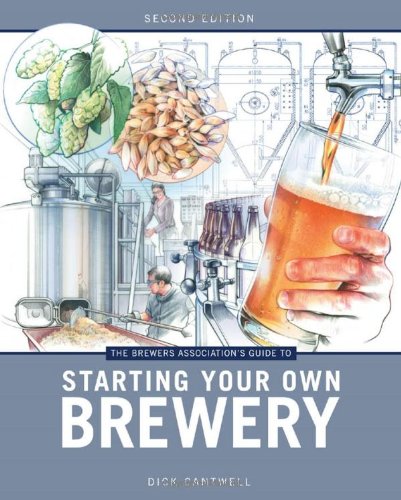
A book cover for The Brewers Association's Guide to Starting Your Own Brewery; Dick Cantwell; Cookbooks, Food & Wine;